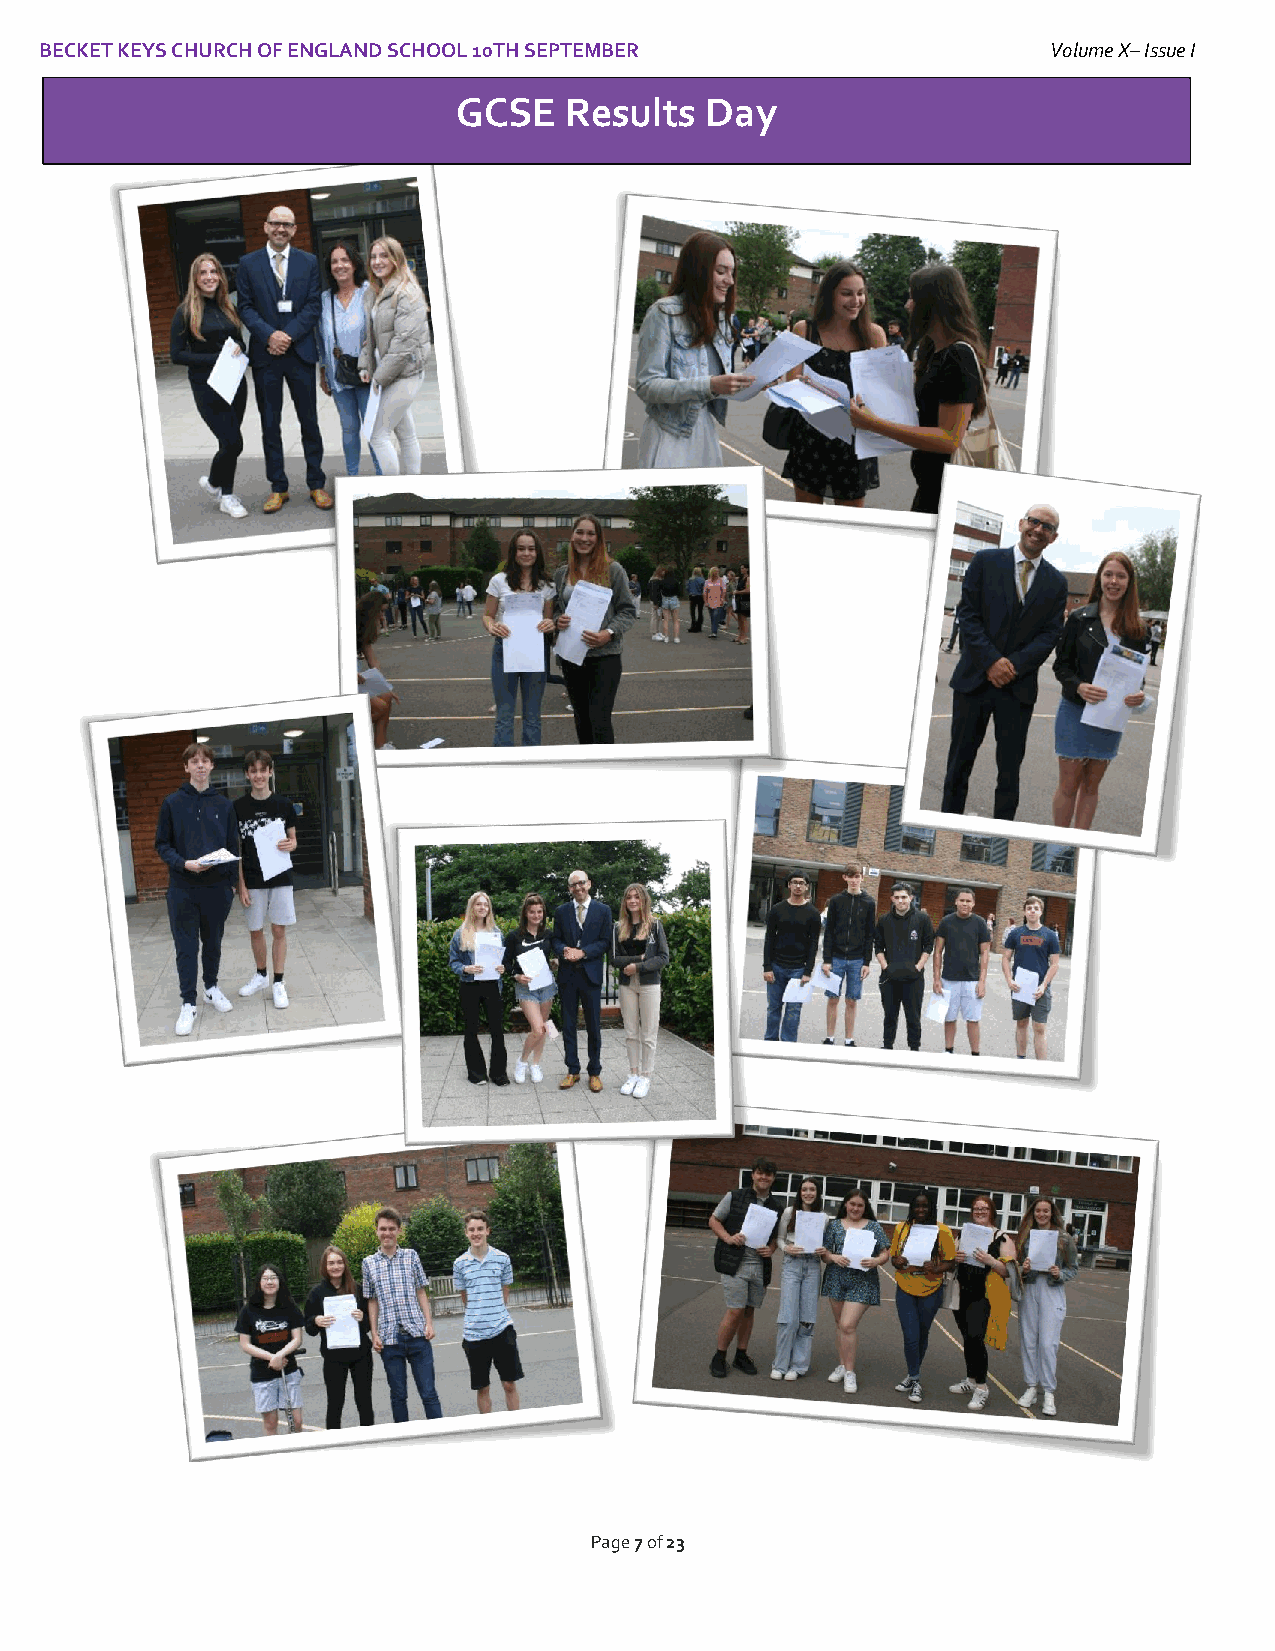
BECKET KEYS CHURCH OF ENGLAND SCHOOL 10TH SEPTEMBER                Volume X– Issue I
 I
 GCSE   Results   Day
 Page 7 of 23